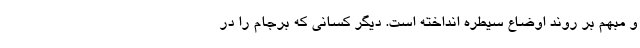
و مبهم بر روند اوضاع سیطره انداخته است. دیگر کسانی که برجام را در